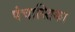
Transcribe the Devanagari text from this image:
पंचास्तिका